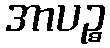
အာပဉ္စ